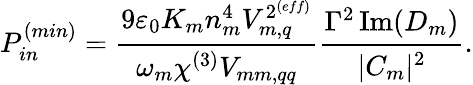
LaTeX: P_{in}^{(min)}=\cfrac{9\varepsilon_{0}K_{m}n_{m}^{4}V_{m,q}^{2^{{(eff)}}}}{\omega_{m}\chi^{(3)}V_{mm,qq}}\cfrac{\Gamma^{2}\operatorname{Im}(D_{m})}{|C_{m}|^{2}}.